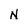
Character: N